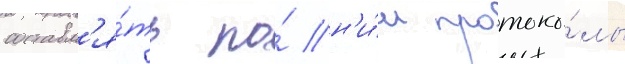
составл'я́ть по́ н'и́м протоко́лы